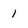
Character: 1